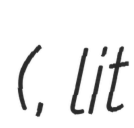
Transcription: (赤手児, lit